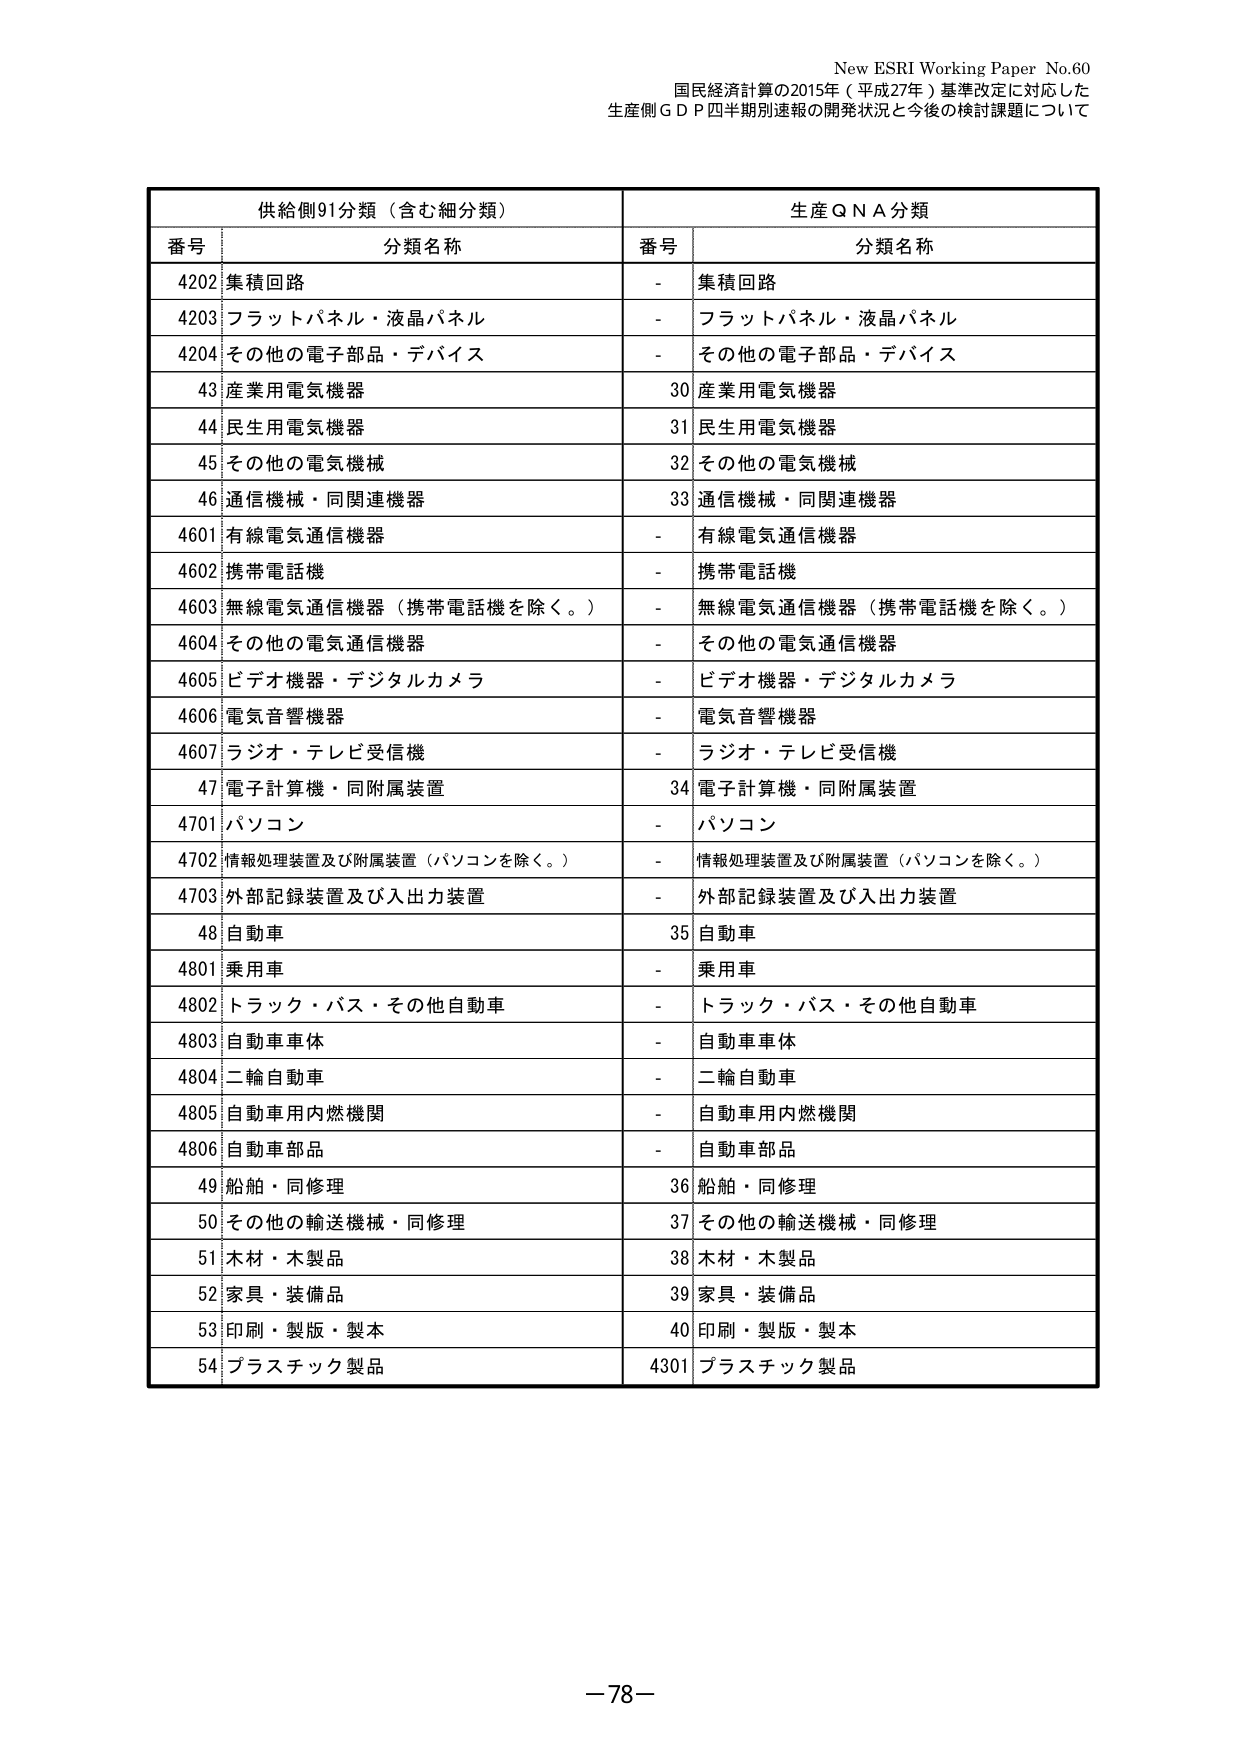
New ESRI Working Paper No.60
国民経済計算の2015年（平成27年）基準改定に対応した
生産側ＧＤＰ四半期別速報の開発状況と今後の検討課題について

供給側91分類（含む細分類）　　　　　　　　　　　　　生産ＱＮＡ分類
番号　分類名称　　　　　　　　　　　　　　　　　　　番号　分類名称
4202 集積回路　　　　　　　　　　　　　　　　　　　-　集積回路
4203 フラットパネル・液晶パネル　　　　　　　　　-　フラットパネル・液晶パネル
4204 その他の電子部品・デバイス　　　　　　　　　-　その他の電子部品・デバイス
43 産業用電気機器　　　　　　　　　　　　　　　　　30 産業用電気機器
44 民生用電気機器　　　　　　　　　　　　　　　　　31 民生用電気機器
45 その他の電気機械　　　　　　　　　　　　　　　　32 その他の電気機械
46 通信機械・同関連機器　　　　　　　　　　　　　　33 通信機械・同関連機器
4601 有線電気通信機器　　　　　　　　　　　　　　　-　有線電気通信機器
4602 携帯電話機　　　　　　　　　　　　　　　　　　-　携帯電話機
4603 無線電気通信機器（携帯電話機を除く。）　　　-　無線電気通信機器（携帯電話機を除く。）
4604 その他の電気通信機器　　　　　　　　　　　　　-　その他の電気通信機器
4605 ビデオ機器・デジタルカメラ　　　　　　　　　-　ビデオ機器・デジタルカメラ
4606 電気音響機器　　　　　　　　　　　　　　　　　-　電気音響機器
4607 ラジオ・テレビ受信機　　　　　　　　　　　　　-　ラジオ・テレビ受信機
47 電子計算機・同附属装置　　　　　　　　　　　　　34 電子計算機・同附属装置
4701 パソコン　　　　　　　　　　　　　　　　　　　-　パソコン
4702 情報処理装置及び附属装置（パソコンを除く。）　-　情報処理装置及び附属装置（パソコンを除く。）
4703 外部記録装置及び入出力装置　　　　　　　　　　-　外部記録装置及び入出力装置
48 自動車　　　　　　　　　　　　　　　　　　　　　35 自動車
4801 乗用車　　　　　　　　　　　　　　　　　　　　-　乗用車
4802 トラック・バス・その他自動車　　　　　　　　-　トラック・バス・その他自動車
4803 自動車車体　　　　　　　　　　　　　　　　　　-　自動車車体
4804 二輪自動車　　　　　　　　　　　　　　　　　　-　二輪自動車
4805 自動車用内燃機関　　　　　　　　　　　　　　　-　自動車用内燃機関
4806 自動車部品　　　　　　　　　　　　　　　　　　-　自動車部品
49 船舶・同修理　　　　　　　　　　　　　　　　　　36 船舶・同修理
50 その他の輸送機械・同修理　　　　　　　　　　　　37 その他の輸送機械・同修理
51 木材・木製品　　　　　　　　　　　　　　　　　　38 木材・木製品
52 家具・装備品　　　　　　　　　　　　　　　　　　39 家具・装備品
53 印刷・製版・製本　　　　　　　　　　　　　　　　40 印刷・製版・製本
54 プラスチック製品　　　　　　　　　　　　　　　　4301 プラスチック製品

－78－